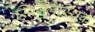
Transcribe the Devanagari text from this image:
स्विजलेस्थिक